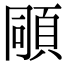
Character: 𩒗